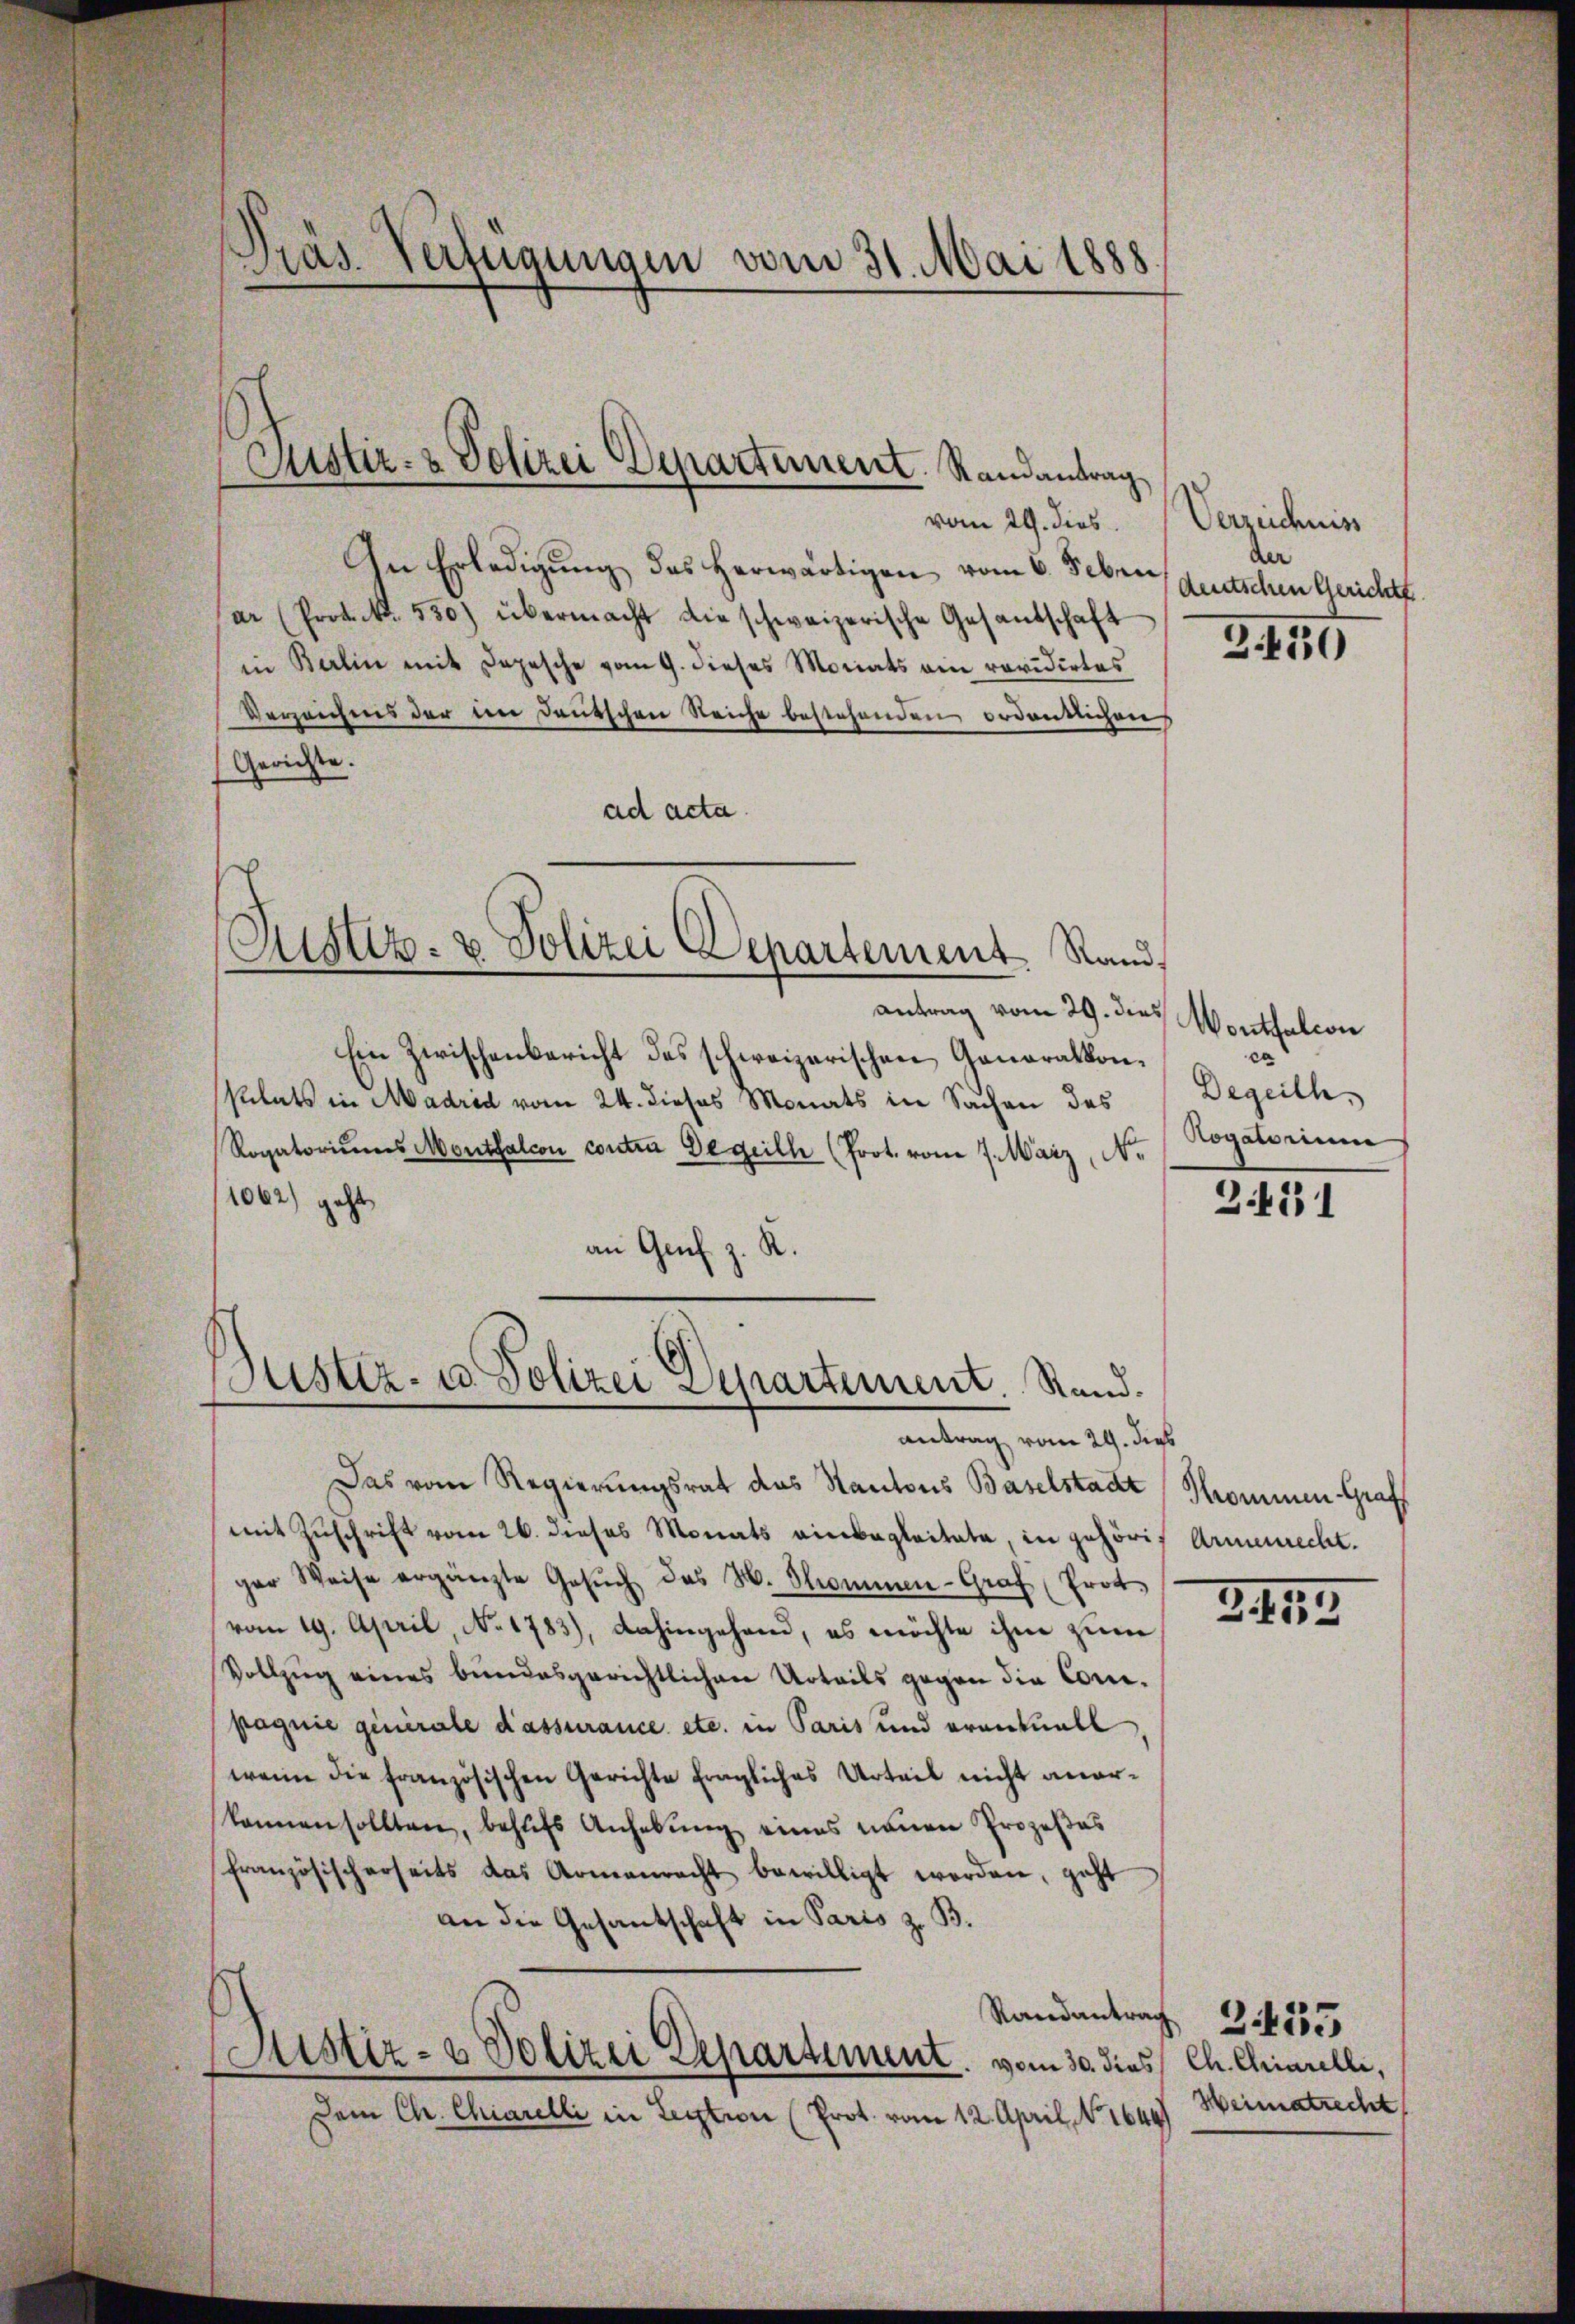
vom 29. dies
In Erledigung des herwärtigen vom 6. Febru
ar (Prok.k. 550.) übermacht die schweizerische Gesandschaft
in Berlin mit Depesche vom 9. dieses Monats ein revidirtes
Verzeichens der im Deutschen Reiche bestehenden ordentlichens
Gerichte.
ad acta.

Pras. Verfügungen vom 31. Mai 1888

Justiz- & Polizei Departement. Randantrag

Justiz- & Polizei Departement. Rand,

Antrag vom 29. dies
Ein Zwischenbericht des schweizerischen Ganorakkonsitats in Madrid vom 24. dieses Monats in Sachen des
Rogatoriŭms Montfalcon contra Degeilh (Prot. vom 7. März, N.
1062) geht,
an Genf z. R.

Justiz- u. Polizei Departement. Stand.

antrag vom 29. dies
Das vom Regierungsrat das Kantons Baselstadt Pommen Grafs
mit Zuschrift vom 26. dieses Monats einbegleitete, in gehöriger Weise ergänzte Gesŭch das M. Thommen-Graf Prot
vom 19. April, No. 1783), dahingehend, es möchte ihm zum
Vollzug eines bundesgerichtlichen Urteils gegen die Compagnie generale d’assurance etc. in Paris und erantuall
wenn die französischen Gerichte fragliches Urteil nicht anerkannen sollten, behufs Anhebung eines neuen Prozeßes
französischerseits das Armenrecht bewilligt worden, geht
an die Gesantschaft in Paris z. B.
Standantrach § 4855
Sistiz- & Polizei Departement vom 30. dies / Ch. Chiarelli,
Dem Ch. Chiarelli in Lection (Prot. vom 12. April, No 1649) Weimatrecht

Verzeichniss
der
deutschen Gerichte.

2430

Wontfalcon
ca
Degeith,
Roganenme

2431

Armenrecht.

341